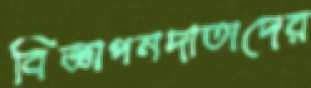
বিজ্ঞাপনদাতাদের